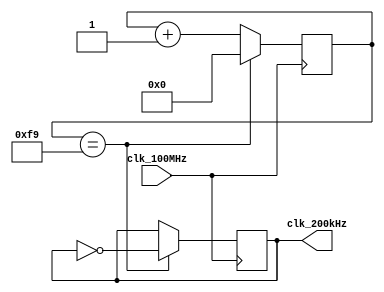
`timescale 1ns / 1ps
//////////////////////////////////////////////////////////////////////////////////
// Company: 
// Engineer: 
// 
// Design Name: 
// Module Name: clkgen_200kHz
// Project Name: 
// Target Devices: 
// Tool Versions: 
// Description: 
// 
// Dependencies: 
// 
// Revision:
// Revision 0.01 - File Created
// Additional Comments:
// 
//////////////////////////////////////////////////////////////////////////////////


module clkgen_200kHz(
    input clk_100MHz,   //100MHz clock 
    output clk_200kHz   //200kHz clock
    );
    
    // 100 x 10^6 / 200 x 10^3 / 2 = 250 <-- 8 bit counter
    reg [7:0] counter = 8'h00;
    reg clk_reg = 1'b1;
    
    always @(posedge clk_100MHz) begin
        if(counter == 249) begin
            counter <= 8'h00;
            clk_reg <= ~clk_reg;
        end
        else
            counter <= counter + 1;
    end
    
    assign clk_200kHz = clk_reg;
    
endmodule